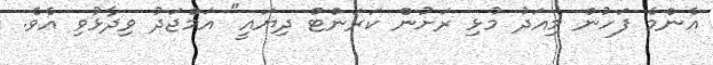
އެންމެ ފަހުން މިއަދު މުޅި ރަށުން ކަރަންޓް ދިޔައީ" އަމްޖަދު ވިދާޅުވި އެވެ.